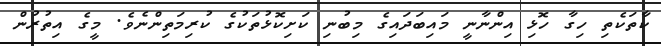
ކާތަކެތި ހިގާ ހޮޅި އިންނާނީ މައިބަދައިގެ މިބުނި ކަށިކޮޅުތަކުގެ ކުރިމަތިންނެވެ. މީގެ އިތުރުން